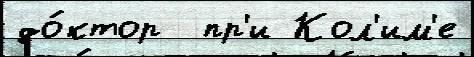
до́ктор  пр'и Кол'им'е